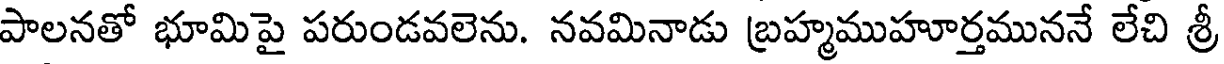
పాలనతో భూమిపై పరుండవలెను. నవమినాడు బ్రహ్మముహూర్తముననే లేచి శ్రీ